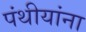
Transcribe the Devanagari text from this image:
पंथीयांना